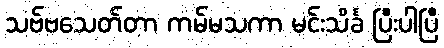
သဗ်ဗသေတ်တာ ကမ်မသကာ မင်းသိင်္ခ ပြီးပါပြီ